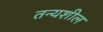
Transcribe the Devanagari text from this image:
तन्यशील